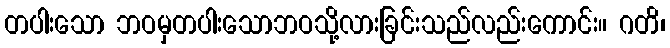
တပါးသော ဘဝမှတပါးသောဘဝသို့လားခြင်းသည်လည်းကောင်း။ ဂတိ၊